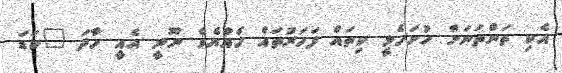
އެކި ތަންތަނަށް ހުށަހެޅީ ކިތައް ފަހަރުތައް ހެއްޔެވެ ނޫނީ އެއީ ހާދަ "ކަޑަ